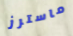
ماسترز